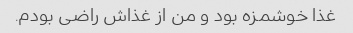
غذا خوشمزه بود و من از غذاش راضی بودم.